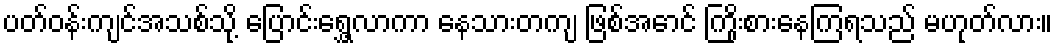
ပတ်ဝန်းကျင်အသစ်သို့ ပြောင်းရွှေ့လာကာ နေသားတကျ ဖြစ်အောင် ကြိုးစားနေကြရသည် မဟုတ်လား။